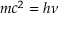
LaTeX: m c ^ { 2 } = h \nu